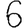
Digit: 6